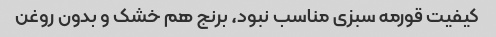
کیفیت قورمه سبزی مناسب نبود، برنج هم خشک و بدون روغن